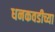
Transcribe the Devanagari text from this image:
धनकवडीच्या